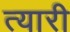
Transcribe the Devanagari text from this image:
त्यारी